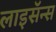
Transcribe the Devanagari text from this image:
लाइसॅन्स